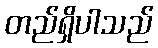
တည်ရှိပါသည်